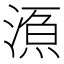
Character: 𱧱